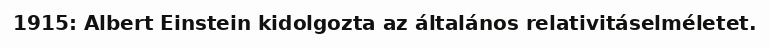
1915: Albert Einstein kidolgozta az általános relativitáselméletet.